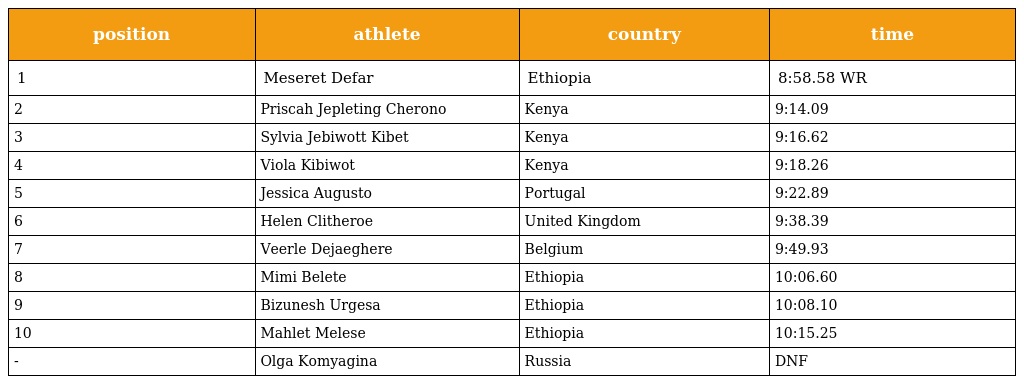
| position | athlete | country | time |
 | --- | --- | --- | --- |
 | 1 | Meseret Defar | Ethiopia | 8:58.58 WR |
 | 2 | Priscah Jepleting Cherono | Kenya | 9:14.09 |
 | 3 | Sylvia Jebiwott Kibet | Kenya | 9:16.62 |
 | 4 | Viola Kibiwot | Kenya | 9:18.26 |
 | 5 | Jessica Augusto | Portugal | 9:22.89 |
 | 6 | Helen Clitheroe | United Kingdom | 9:38.39 |
 | 7 | Veerle Dejaeghere | Belgium | 9:49.93 |
 | 8 | Mimi Belete | Ethiopia | 10:06.60 |
 | 9 | Bizunesh Urgesa | Ethiopia | 10:08.10 |
 | 10 | Mahlet Melese | Ethiopia | 10:15.25 |
 | - | Olga Komyagina | Russia | DNF |